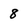
Character: 8